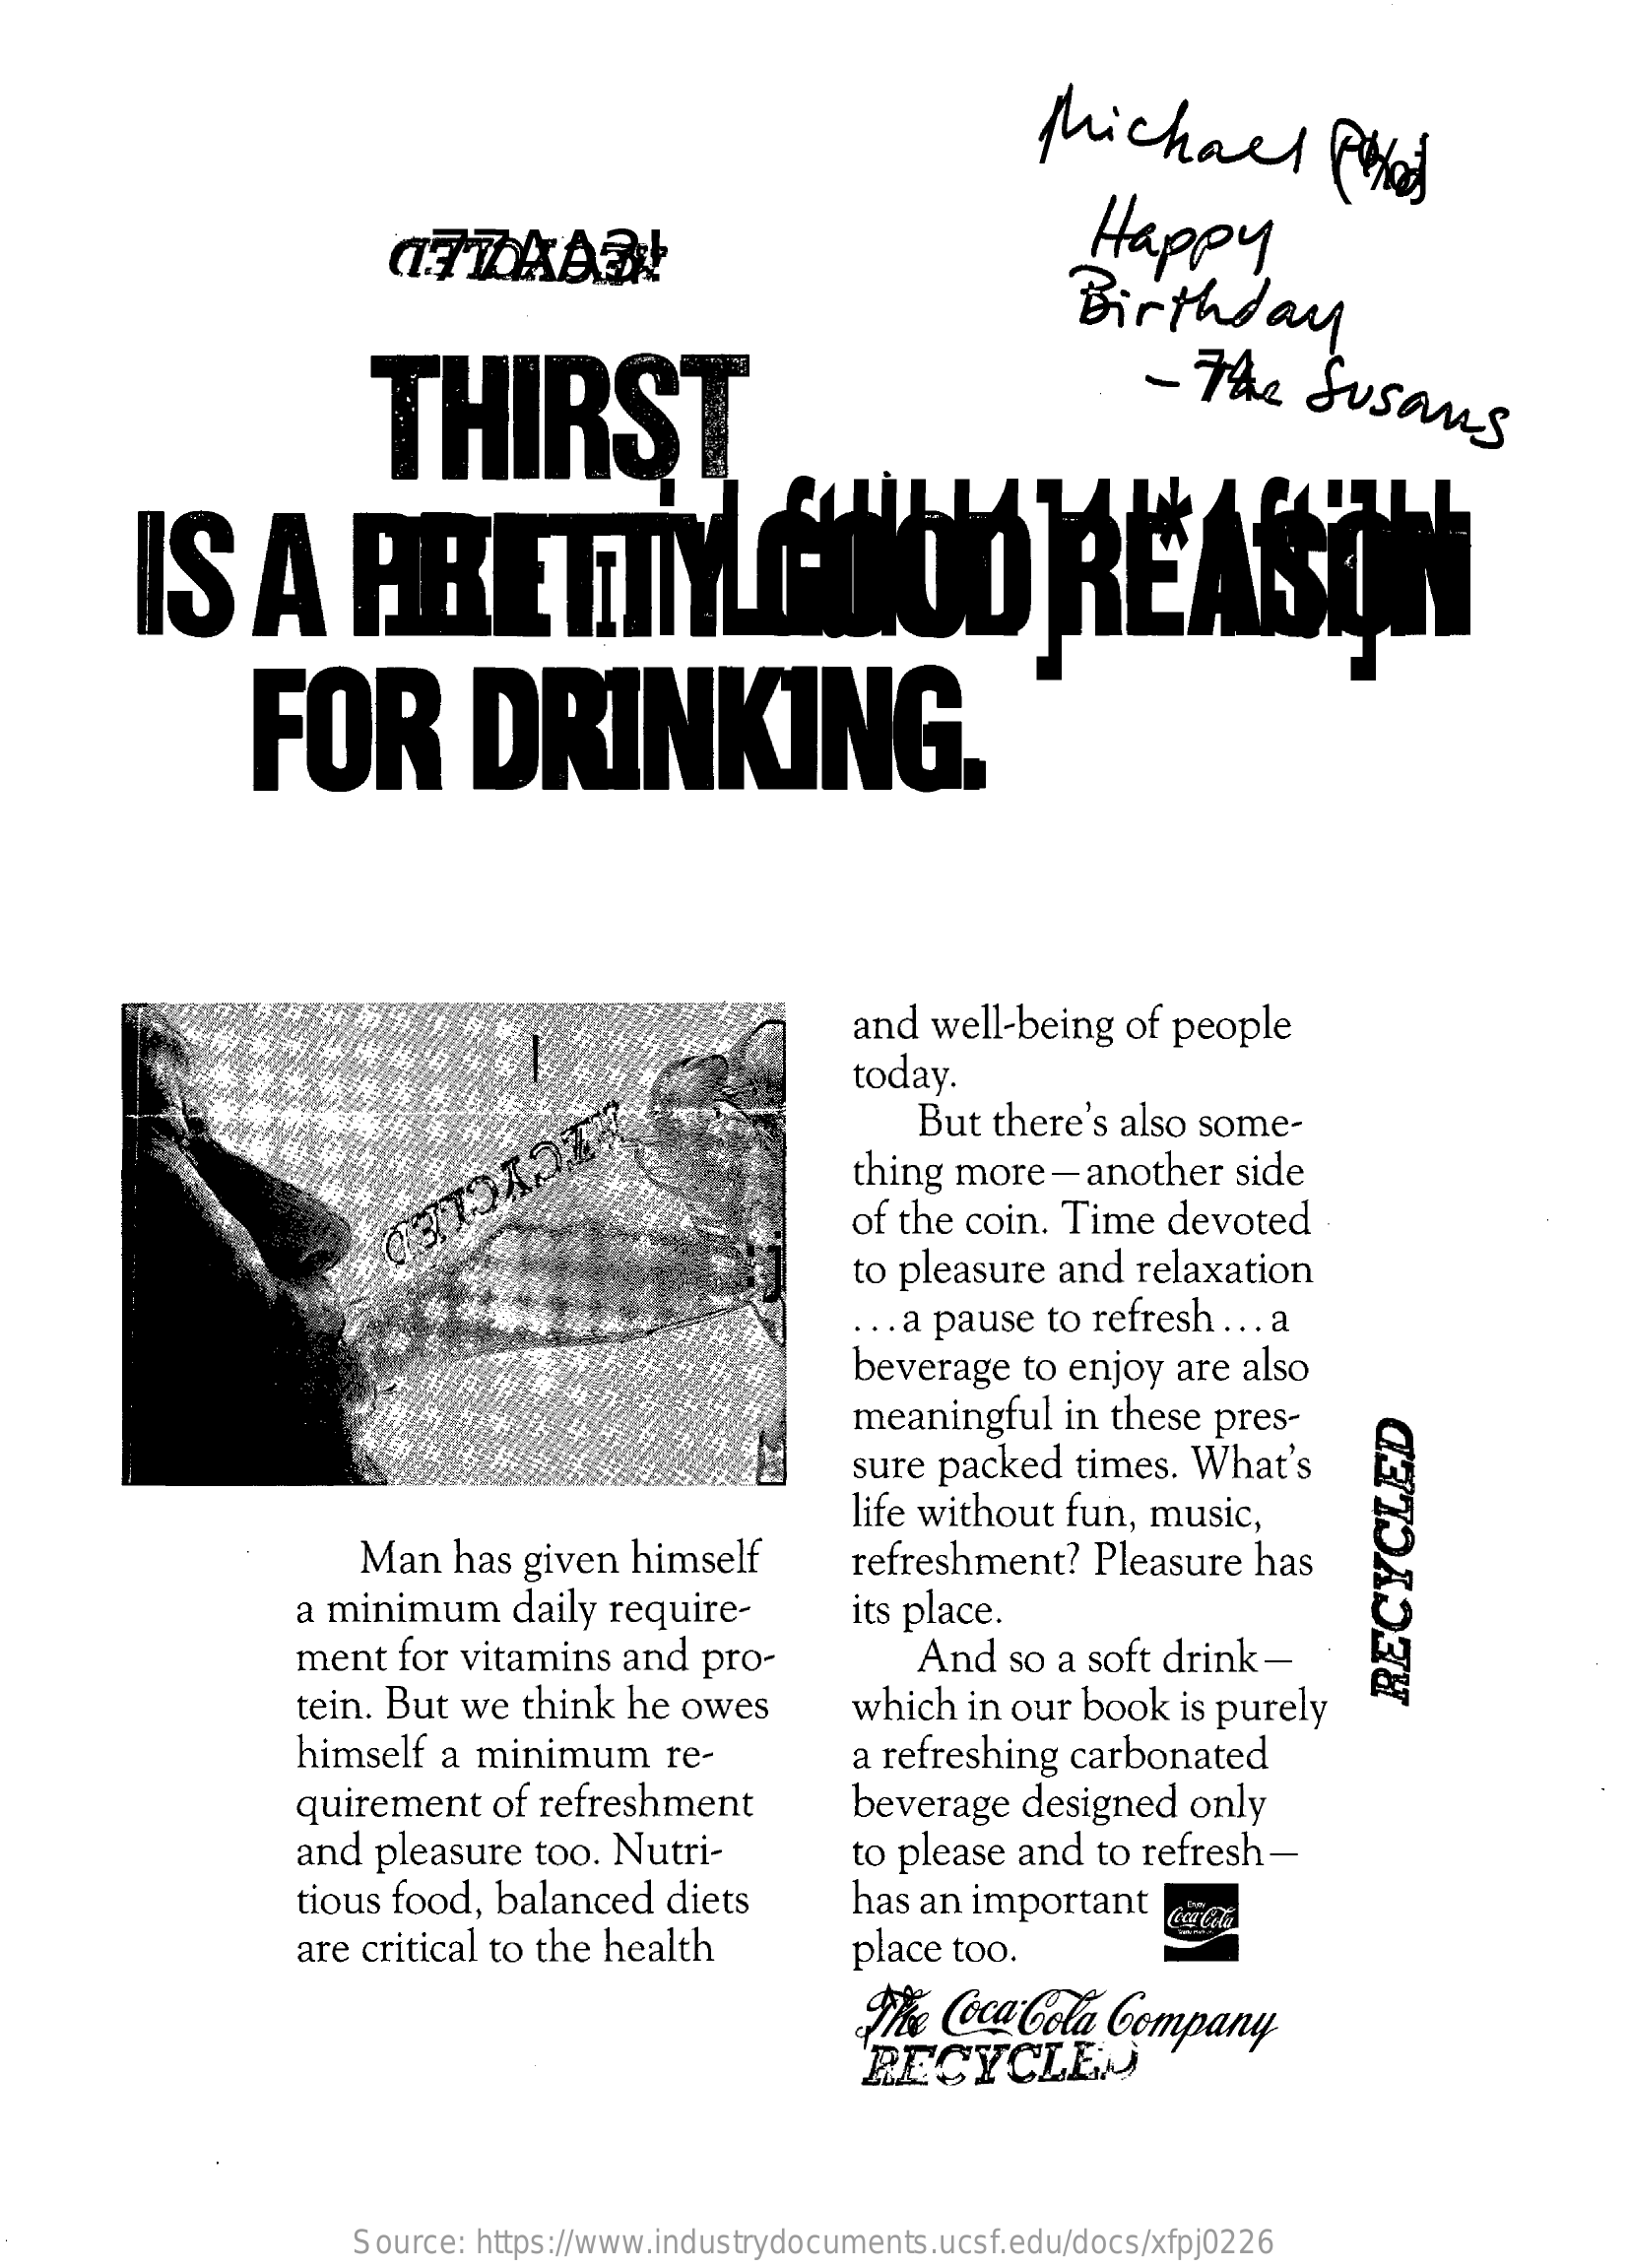
Michael    Piles
     Happy
     Birthday
     THIRST
     -  The    Susans
     IS    A    PRETTYLANNOO    REASON
     FOR    DRINKING.
     and  well-being  of people
     today.
     But  there's also some-
     thing more-another    side
     of the coin. Time   devoted
     to pleasure  and  relaxation
     ... a pause to refresh  ... a
     beverage   to enjoy  are also
     meaningful   in these  pres-
     sure packed   times.  What's
     life without fun,  music,
     Man   has  given  himself    refreshment?   Pleasure  has
     a minimum    daily require-    its place.
     ment   for vitamins  and  pro-    And   so a soft drink -
     tein. But  we think  he  owes    which  in our  book  is purely
     RECYCLED
     himself  a minimum    re-    a refreshing  carbonated
     quirement    of refreshment    beverage   designed  only
     and  pleasure  too. Nutri-    to please and  to refresh  -
     tious food,  balanced   diets    has an important
     are critical to the health    place too.
     The Coca Cola  Company
     RECYCLEN
     Source: https://www.industrydocuments.ucsf.edu/docs/xfpj0226